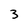
Character: 3